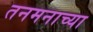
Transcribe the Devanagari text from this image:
तनमनाच्या